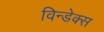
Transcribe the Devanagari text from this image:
विन्डेक्स